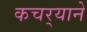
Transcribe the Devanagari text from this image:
कचर्‍याने